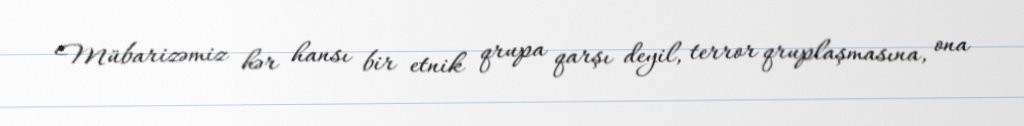
Mübarizəmiz hər hansı bir etnik qrupa qarşı deyil, terror qruplaşmasına, ona